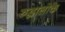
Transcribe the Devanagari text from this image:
रुद्धालोके